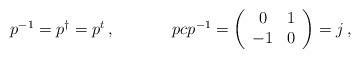
\begin{align*}\begin{array}{cc}p^{-1}=p^{\dagger}=p^{t}\,,~~~~&~~~~pcp^{-1}=\left(\begin{array}{cc}0&1\\-1&0\end{array}\right)=j\,,\end{array}\end{align*}